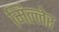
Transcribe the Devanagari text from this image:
मिल्लेर